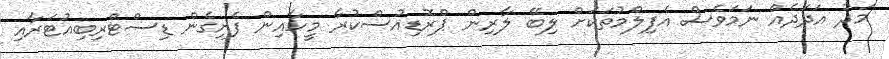
މަދު އަދަދެއް ނަމަވެސް އެފިލްމުތަަކަށް ލިބޭ ލާރިން ޕްރޮޑިއުސްކުރާ މީހާއިން ފެށިގެން ޑިސްޓްރިބިއުޓަރާއި